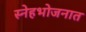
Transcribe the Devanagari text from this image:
स्नेहभोजनात